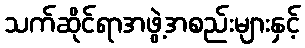
သက်ဆိုင်ရာအဖွဲ့အစည်းများနှင့်